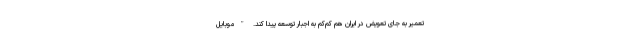
تعمیر به جای تعویض در ایران هم کم‌کم به اجبار توسعه پیدا کند. "موبایل